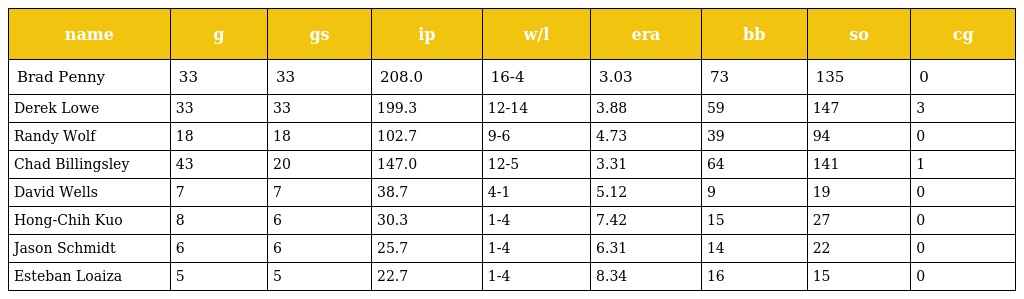
| name | g | gs | ip | w/l | era | bb | so | cg |
 | --- | --- | --- | --- | --- | --- | --- | --- | --- |
 | Brad Penny | 33 | 33 | 208.0 | 16-4 | 3.03 | 73 | 135 | 0 |
 | Derek Lowe | 33 | 33 | 199.3 | 12-14 | 3.88 | 59 | 147 | 3 |
 | Randy Wolf | 18 | 18 | 102.7 | 9-6 | 4.73 | 39 | 94 | 0 |
 | Chad Billingsley | 43 | 20 | 147.0 | 12-5 | 3.31 | 64 | 141 | 1 |
 | David Wells | 7 | 7 | 38.7 | 4-1 | 5.12 | 9 | 19 | 0 |
 | Hong-Chih Kuo | 8 | 6 | 30.3 | 1-4 | 7.42 | 15 | 27 | 0 |
 | Jason Schmidt | 6 | 6 | 25.7 | 1-4 | 6.31 | 14 | 22 | 0 |
 | Esteban Loaiza | 5 | 5 | 22.7 | 1-4 | 8.34 | 16 | 15 | 0 |